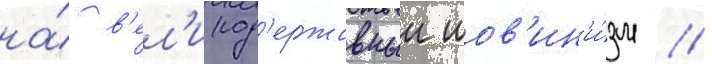
на́ в'ел'икод'ержавныи шов'ин'и́зм //